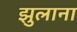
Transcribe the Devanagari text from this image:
झुलाना